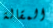
المقالة